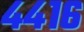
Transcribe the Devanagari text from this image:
४४१६